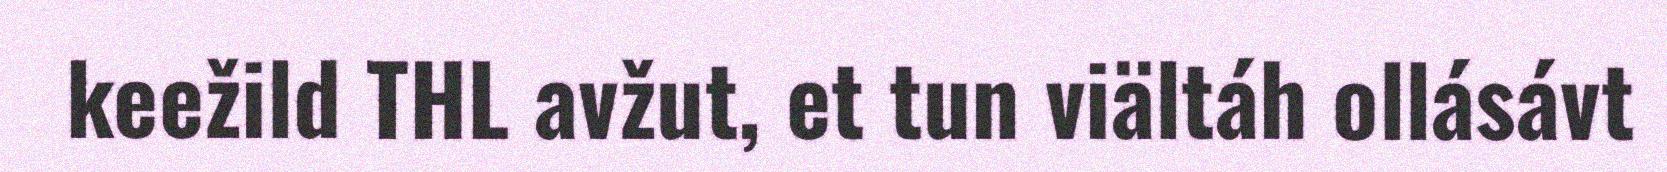
keežild THL avžut, et tun viältáh ollásávt